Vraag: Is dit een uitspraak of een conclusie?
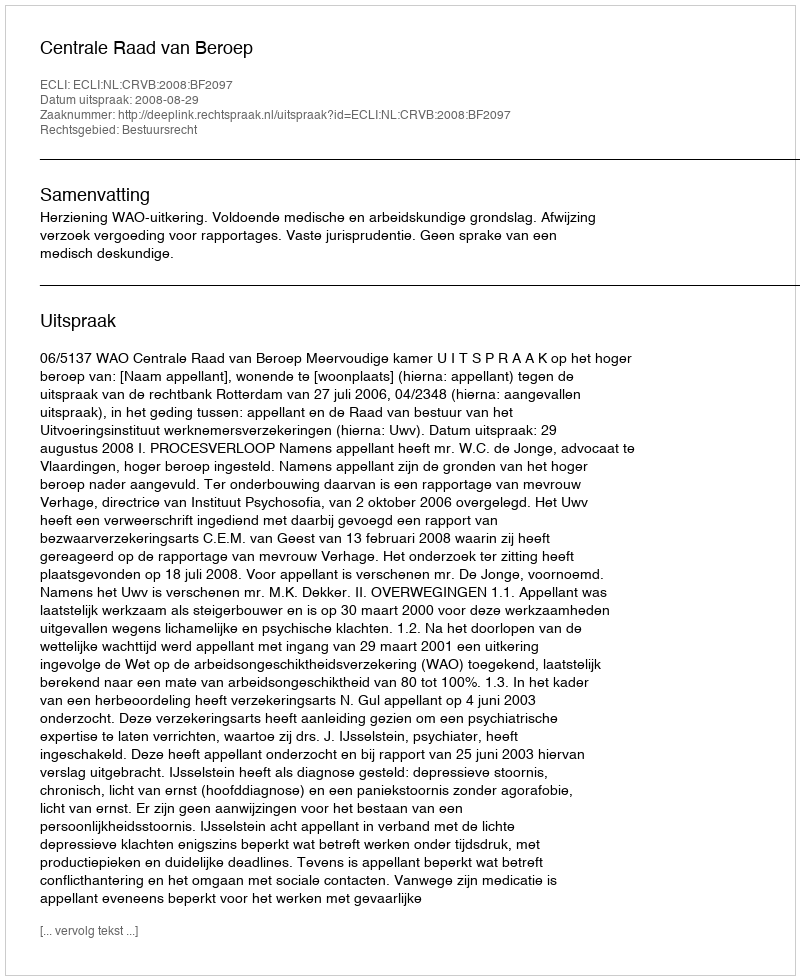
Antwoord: Uitspraak